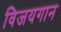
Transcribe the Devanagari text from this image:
विजयगान